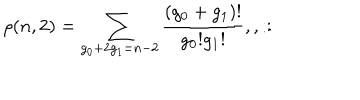
LaTeX: \rho ( n , 2 ) = \sum _ { g _ { 0 } + 2 g _ { 1 } = n - 2 } \frac { ( g _ { 0 } + g _ { 1 } ) ! } { g _ { 0 } ! g _ { 1 } ! } , , : :